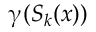
\upgamma ( S _ { k } ( x ) )